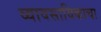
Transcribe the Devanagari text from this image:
व्यावसायिकाचा